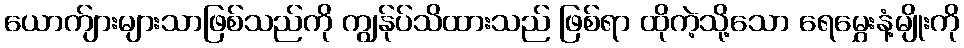
ယောက်ျားများသာဖြစ်သည်ကို ကျွန်ုပ်သိထားသည် ဖြစ်ရာ ထိုကဲ့သို့သော ရေမွှေးနံ့မျိုးကို